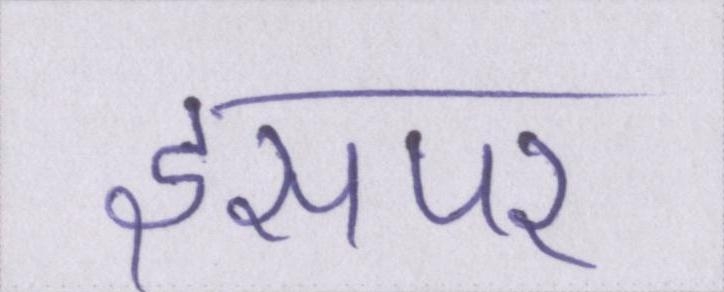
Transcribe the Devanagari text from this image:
इसपर